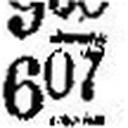
607